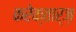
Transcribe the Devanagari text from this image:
करेक्तार्ज़